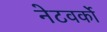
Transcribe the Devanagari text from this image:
नेटवर्को